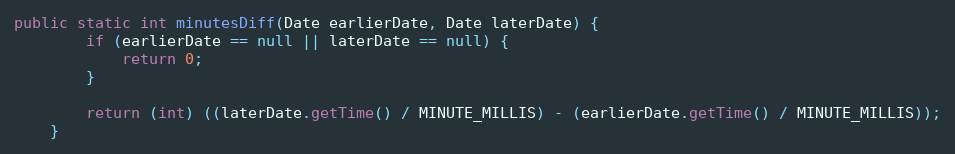
Language: Java
public static int minutesDiff(Date earlierDate, Date laterDate) {
        if (earlierDate == null || laterDate == null) {
            return 0;
        }

        return (int) ((laterDate.getTime() / MINUTE_MILLIS) - (earlierDate.getTime() / MINUTE_MILLIS));
    }